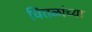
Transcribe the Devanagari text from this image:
चितळांच्या